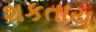
શકતાય